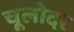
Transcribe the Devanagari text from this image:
चूलोदर